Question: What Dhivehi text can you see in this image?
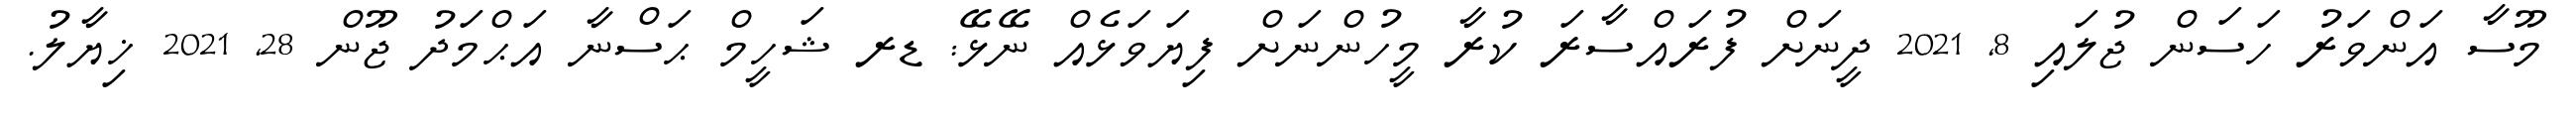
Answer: މޫސާ އަންވަރު ހަސަން ޖުލައި 8, 2021 ދީނަށް ފުރައްސާރަ ކުރާ މީހުންނަށް ފިޔަވަޅެއް ނޭޅޭ: ޑރ ޝަހީމް ޙަސްނާ އަޙްމަދު ޖޫން 28, 2021 ޚިޔާލު.